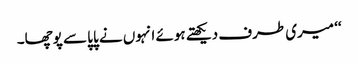
‘‘ میری طرف دیکھتے ہوئے انہوں نے پاپا سے پوچھا۔